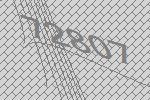
72807